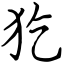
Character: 犵